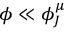
\phi \ll \phi _ { J } ^ { \mu }